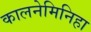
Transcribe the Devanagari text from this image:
कालनेमिनिहा